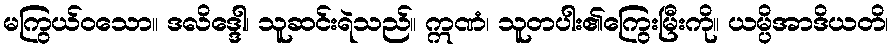
မကြွယ်ဝသော။ ဒလိဒ္ဒေါ၊ သူဆင်းရဲသည်။ ဣဏံ၊ သူတပါး၏ကြွေးမြီးကို။ ယမ္ပိအာဒိယတိ၊